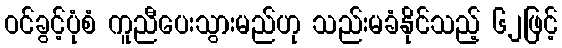
ဝင်ခွင့်ပုံစံ ကူညီပေးသွားမည်ဟု သည်းမခံနိုင်သည့် ၆၂ဖြင့်